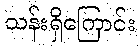
သန်းရှိကြောင်း